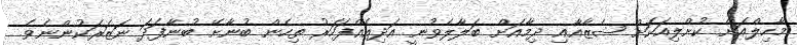
މާހިލްއަށް ކުށްލިއަކަށް ޝެޒާއާއި ދިމާއަށް ބަލާލެވުނީ އަދިއެއްފަހަރު ތިހެން ބުނާށޭ ބުނާފަދަ ނަޒަރަކުންނެވެ.